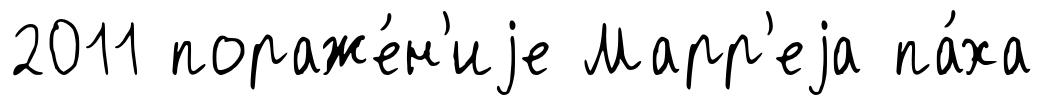
2011 пораже́н'иjе Марр'еjа па́ха